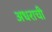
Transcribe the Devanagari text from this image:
अधराची